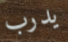
يدرب